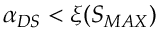
\alpha _ { D S } < \xi ( S _ { M A X } )